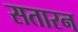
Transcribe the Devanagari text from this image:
सतारन